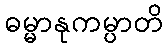
ဓမ္မာနုကမ္ပာတိ